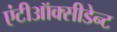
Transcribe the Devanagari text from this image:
एंटीऑक्सीडेन्ट